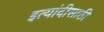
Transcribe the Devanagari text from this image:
इत्यांदीसाठी